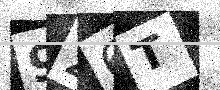
Text: 926T